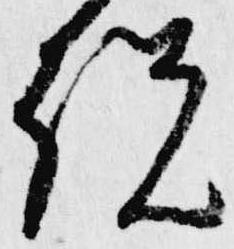
説